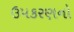
ઉપકરણનો